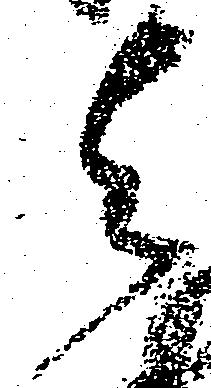
与